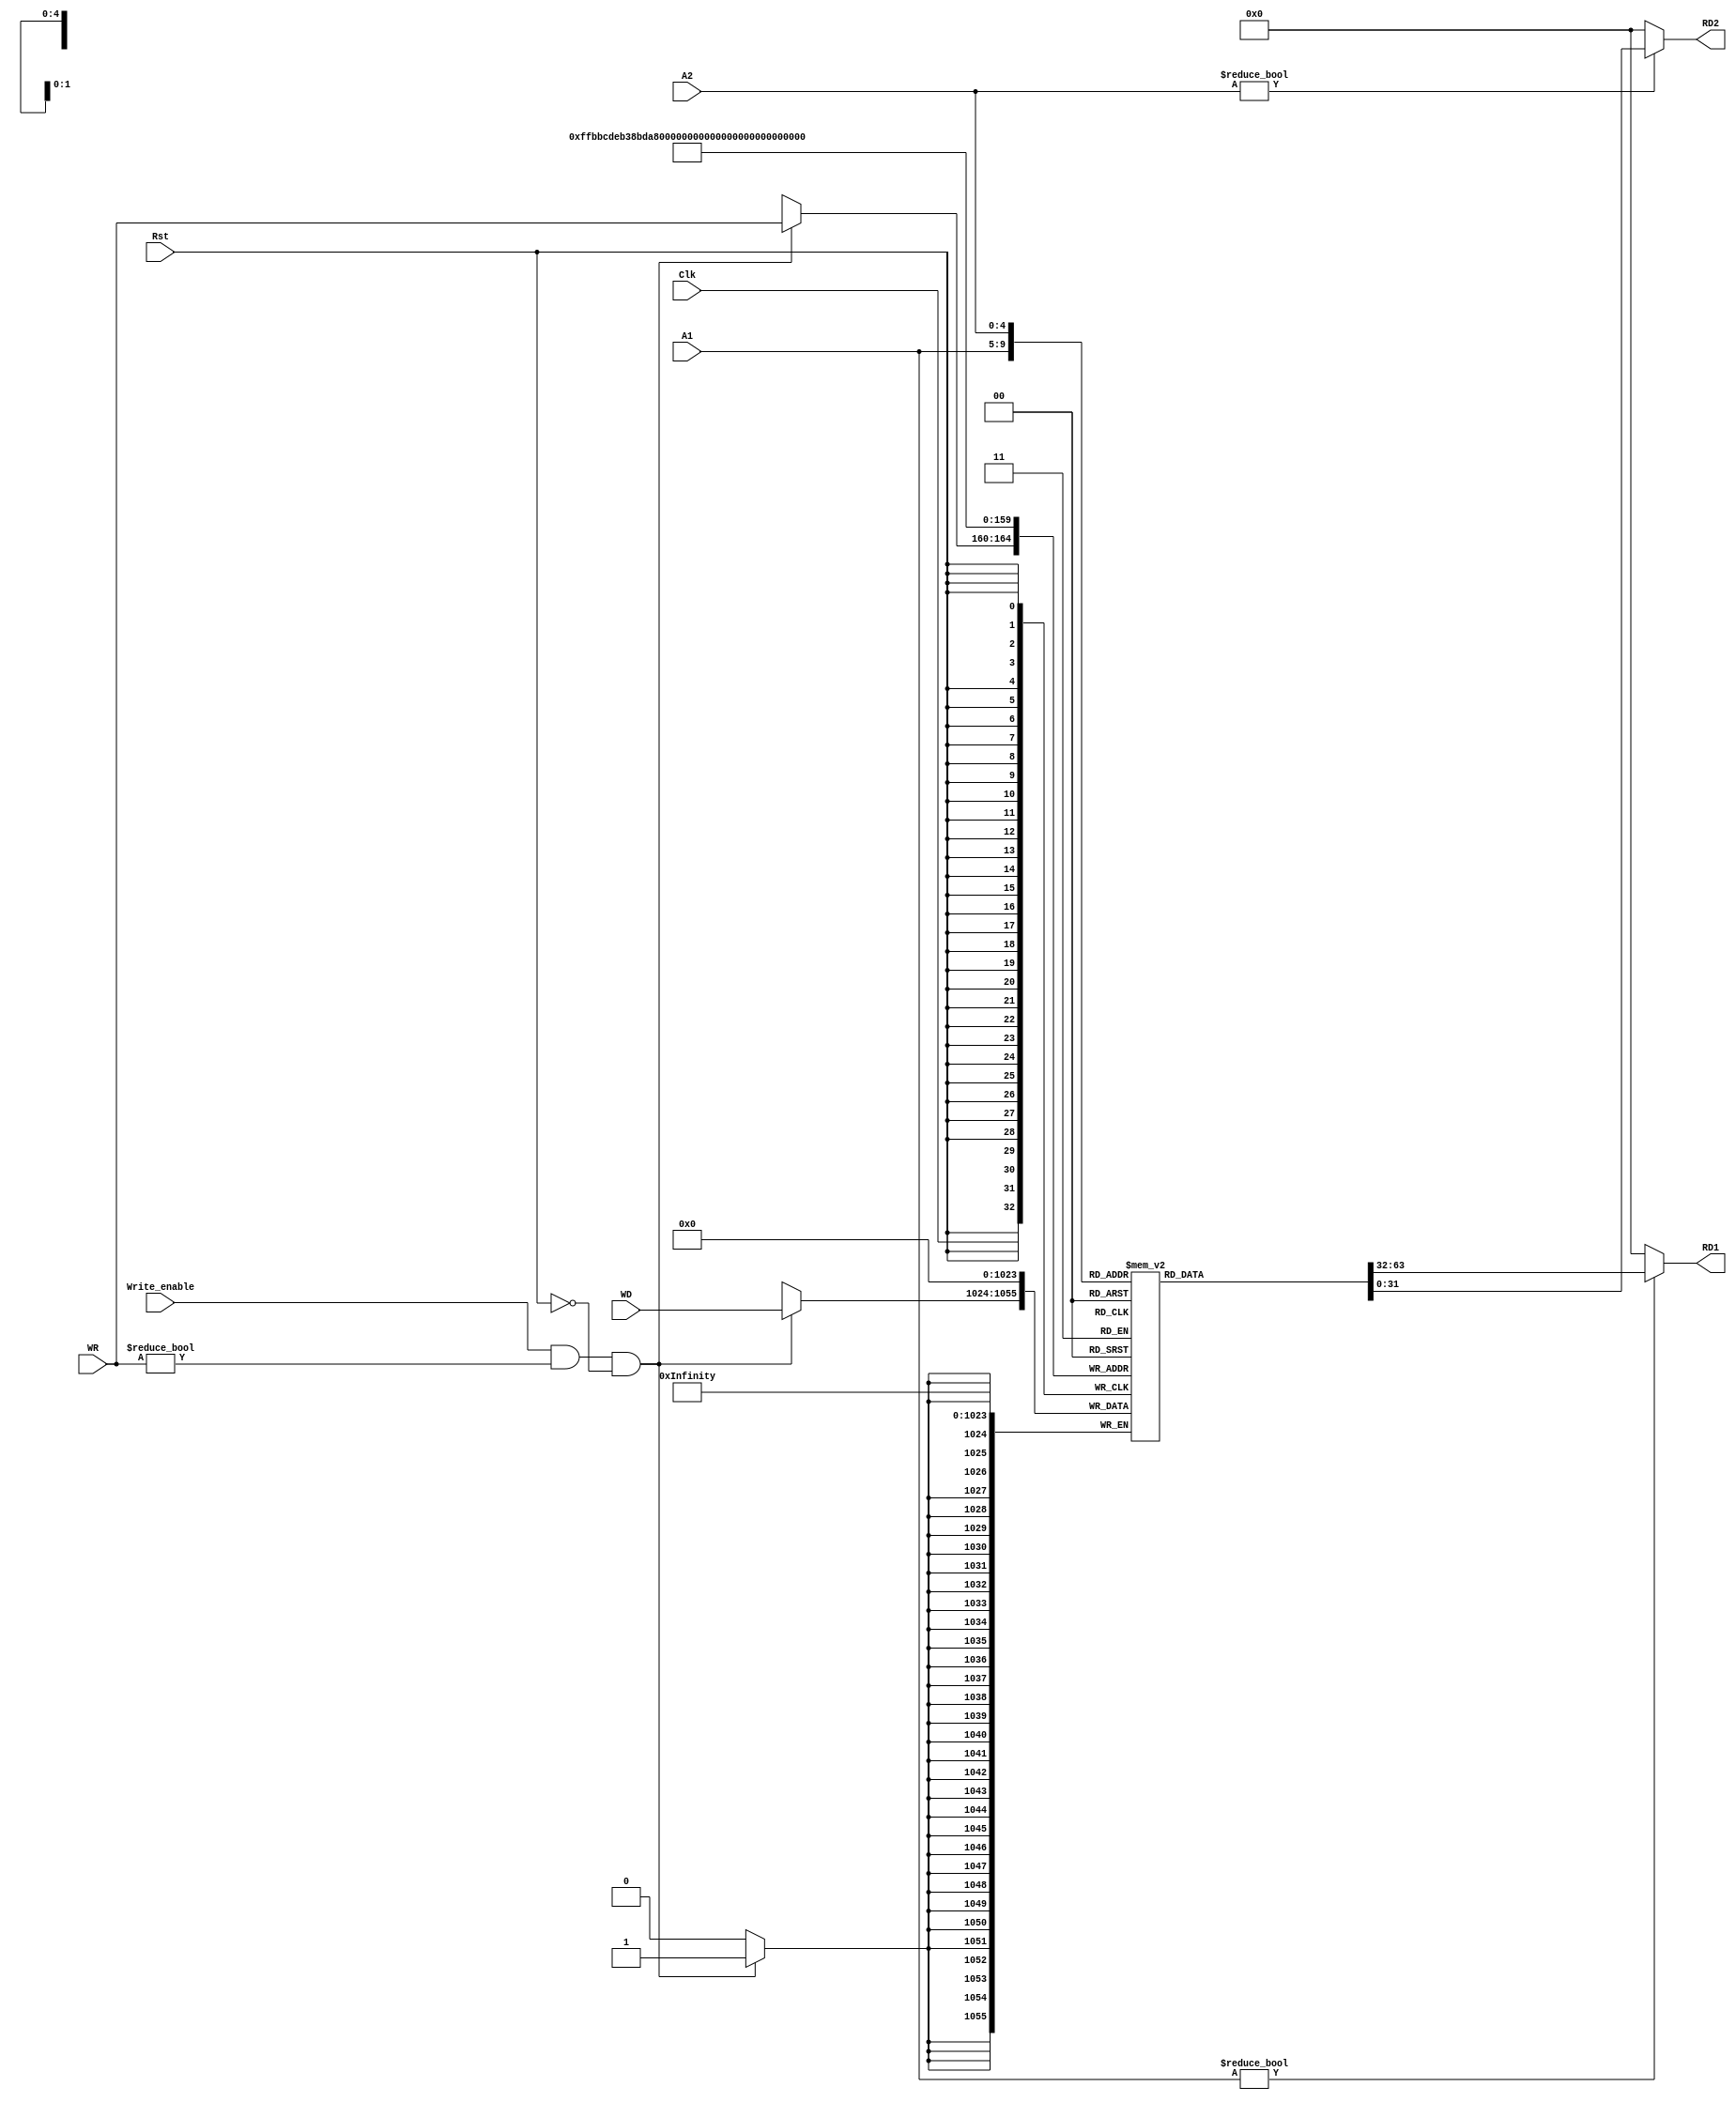
module reg_file
(
    input [4:0] A1, // read address 1 (reg num)
    input [4:0] A2, // read address 2 (reg num)
    output [31:0] RD1, // read data 1
    output [31:0] RD2, // read data 2
    input [4:0] WR,  // write address (reg num)
    input [31:0] WD, // write data
    input Write_enable, // write enable
    input Rst, // synchronous reset
    input Clk // Clock
);

// used for reset to iterate through registers
integer i;

// define the memory array, 31 registers, each 32 bits wide
//reg [31:0] regs[30:0];

// Note: we made $0 a reg because it was easier to interpret when debuggin
reg [31:0] regs[31:0];

// reading from reg file happens asychronously, Note: read value only valid on the second half of cycle
//assign RD1 = (A1 != 32'h0) ? regs[A1-1] : 32'h0; // 31 registers so subtract 1 to get correct index
//assign RD2 = (A2 != 32'h0) ? regs[A2-1] : 32'h0;

assign RD1 = (A1 != 32'h0) ? regs[A1] : 32'h0;
assign RD2 = (A2 != 32'h0) ? regs[A2] : 32'h0;

// writing to memory happens synchronously on first half of cycle
always @(negedge Clk)
begin
    // check if writing data (can't write to $0) and reset not asserted
    if(Write_enable && (WR != 32'h0) && ~Rst)
    begin
        regs[WR] <= WD;
    end
end

// asynchronous reset (whenever asserted)
always @(posedge Rst)
begin
    for(i = 0; i < 32; i = i + 1)
    begin
        regs[i] = 32'h00000000;
    end
end


endmodule